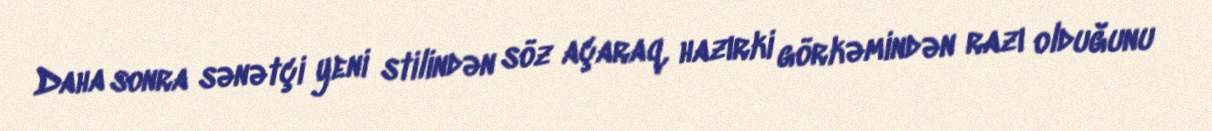
Daha sonra sənətçi yeni stilindən söz açaraq, hazırki görkəmindən razı olduğunu